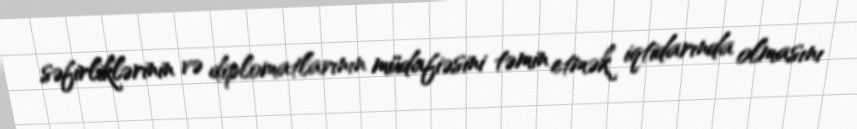
səfirliklərinin və diplomatlarının müdafiəsini təmin etmək iqtidarında olmasını